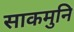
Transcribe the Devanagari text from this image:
साकमुनि